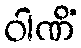
ဝါဏိံ